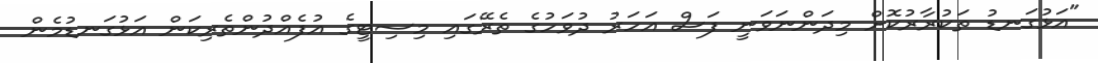
"އަޅުގަނޑު ތަކުރާރުކޮށް މިދަންނަވަނީ ފަސް އަހަރު ދުވަހުގެ ތެރޭގައި މިސިޓީގެ އުފެއްދުންތެރިކަން އަޅުގަނޑުމެން